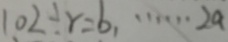
1 0 2 \div r = b _ { 1 } \cdots 2 a